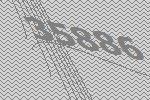
35886